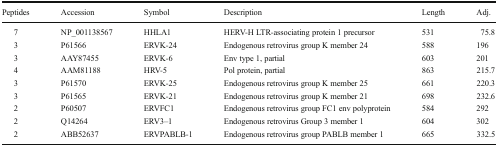
<table><thead><tr><td><b>Peptides</b></td><td><b>Accession</b></td><td><b>Symbol</b></td><td><b>Description</b></td><td><b>Length</b></td><td><b>Adj.</b></td></tr></thead><tbody><tr><td>7</td><td>NP_001138567</td><td>HHLA1</td><td>HERV-H LTR-associating protein 1 precursor</td><td>531</td><td>75.8</td></tr><tr><td>3</td><td>P61566</td><td>ERVK-24</td><td>Endogenous retrovirus group K member 24</td><td>588</td><td>196</td></tr><tr><td>3</td><td>AAY87455</td><td>ERVK-6</td><td>Env type 1, partial</td><td>603</td><td>201</td></tr><tr><td>4</td><td>AAM81188</td><td>HRV-5</td><td>Pol protein, partial</td><td>863</td><td>215.7</td></tr><tr><td>3</td><td>P61570</td><td>ERVK-25</td><td>Endogenous retrovirus group K member 25</td><td>661</td><td>220.3</td></tr><tr><td>3</td><td>P61565</td><td>ERVK-21</td><td>Endogenous retrovirus group K member 21</td><td>698</td><td>232.6</td></tr><tr><td>2</td><td>P60507</td><td>ERVFC1</td><td>Endogenous retrovirus group FC1 env polyprotein</td><td>584</td><td>292</td></tr><tr><td>2</td><td>Q14264</td><td>ERV3–1</td><td>Endogenous retrovirus Group 3 member 1</td><td>604</td><td>302</td></tr><tr><td>2</td><td>ABB52637</td><td>ERVPABLB-1</td><td>Endogenous retrovirus group PABLB member 1</td><td>665</td><td>332.5</td></tr></tbody></table>